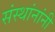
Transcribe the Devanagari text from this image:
संस्थांनांनी